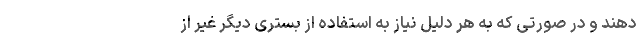
دهند و در صورتی که به هر دلیل نیاز به استفاده از بستری دیگر غیر از